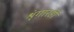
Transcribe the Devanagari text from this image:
शृंगारही